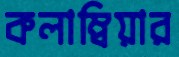
কলাম্বিয়ার